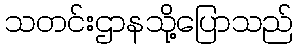
သတင်းဌာနသို့ပြောသည်